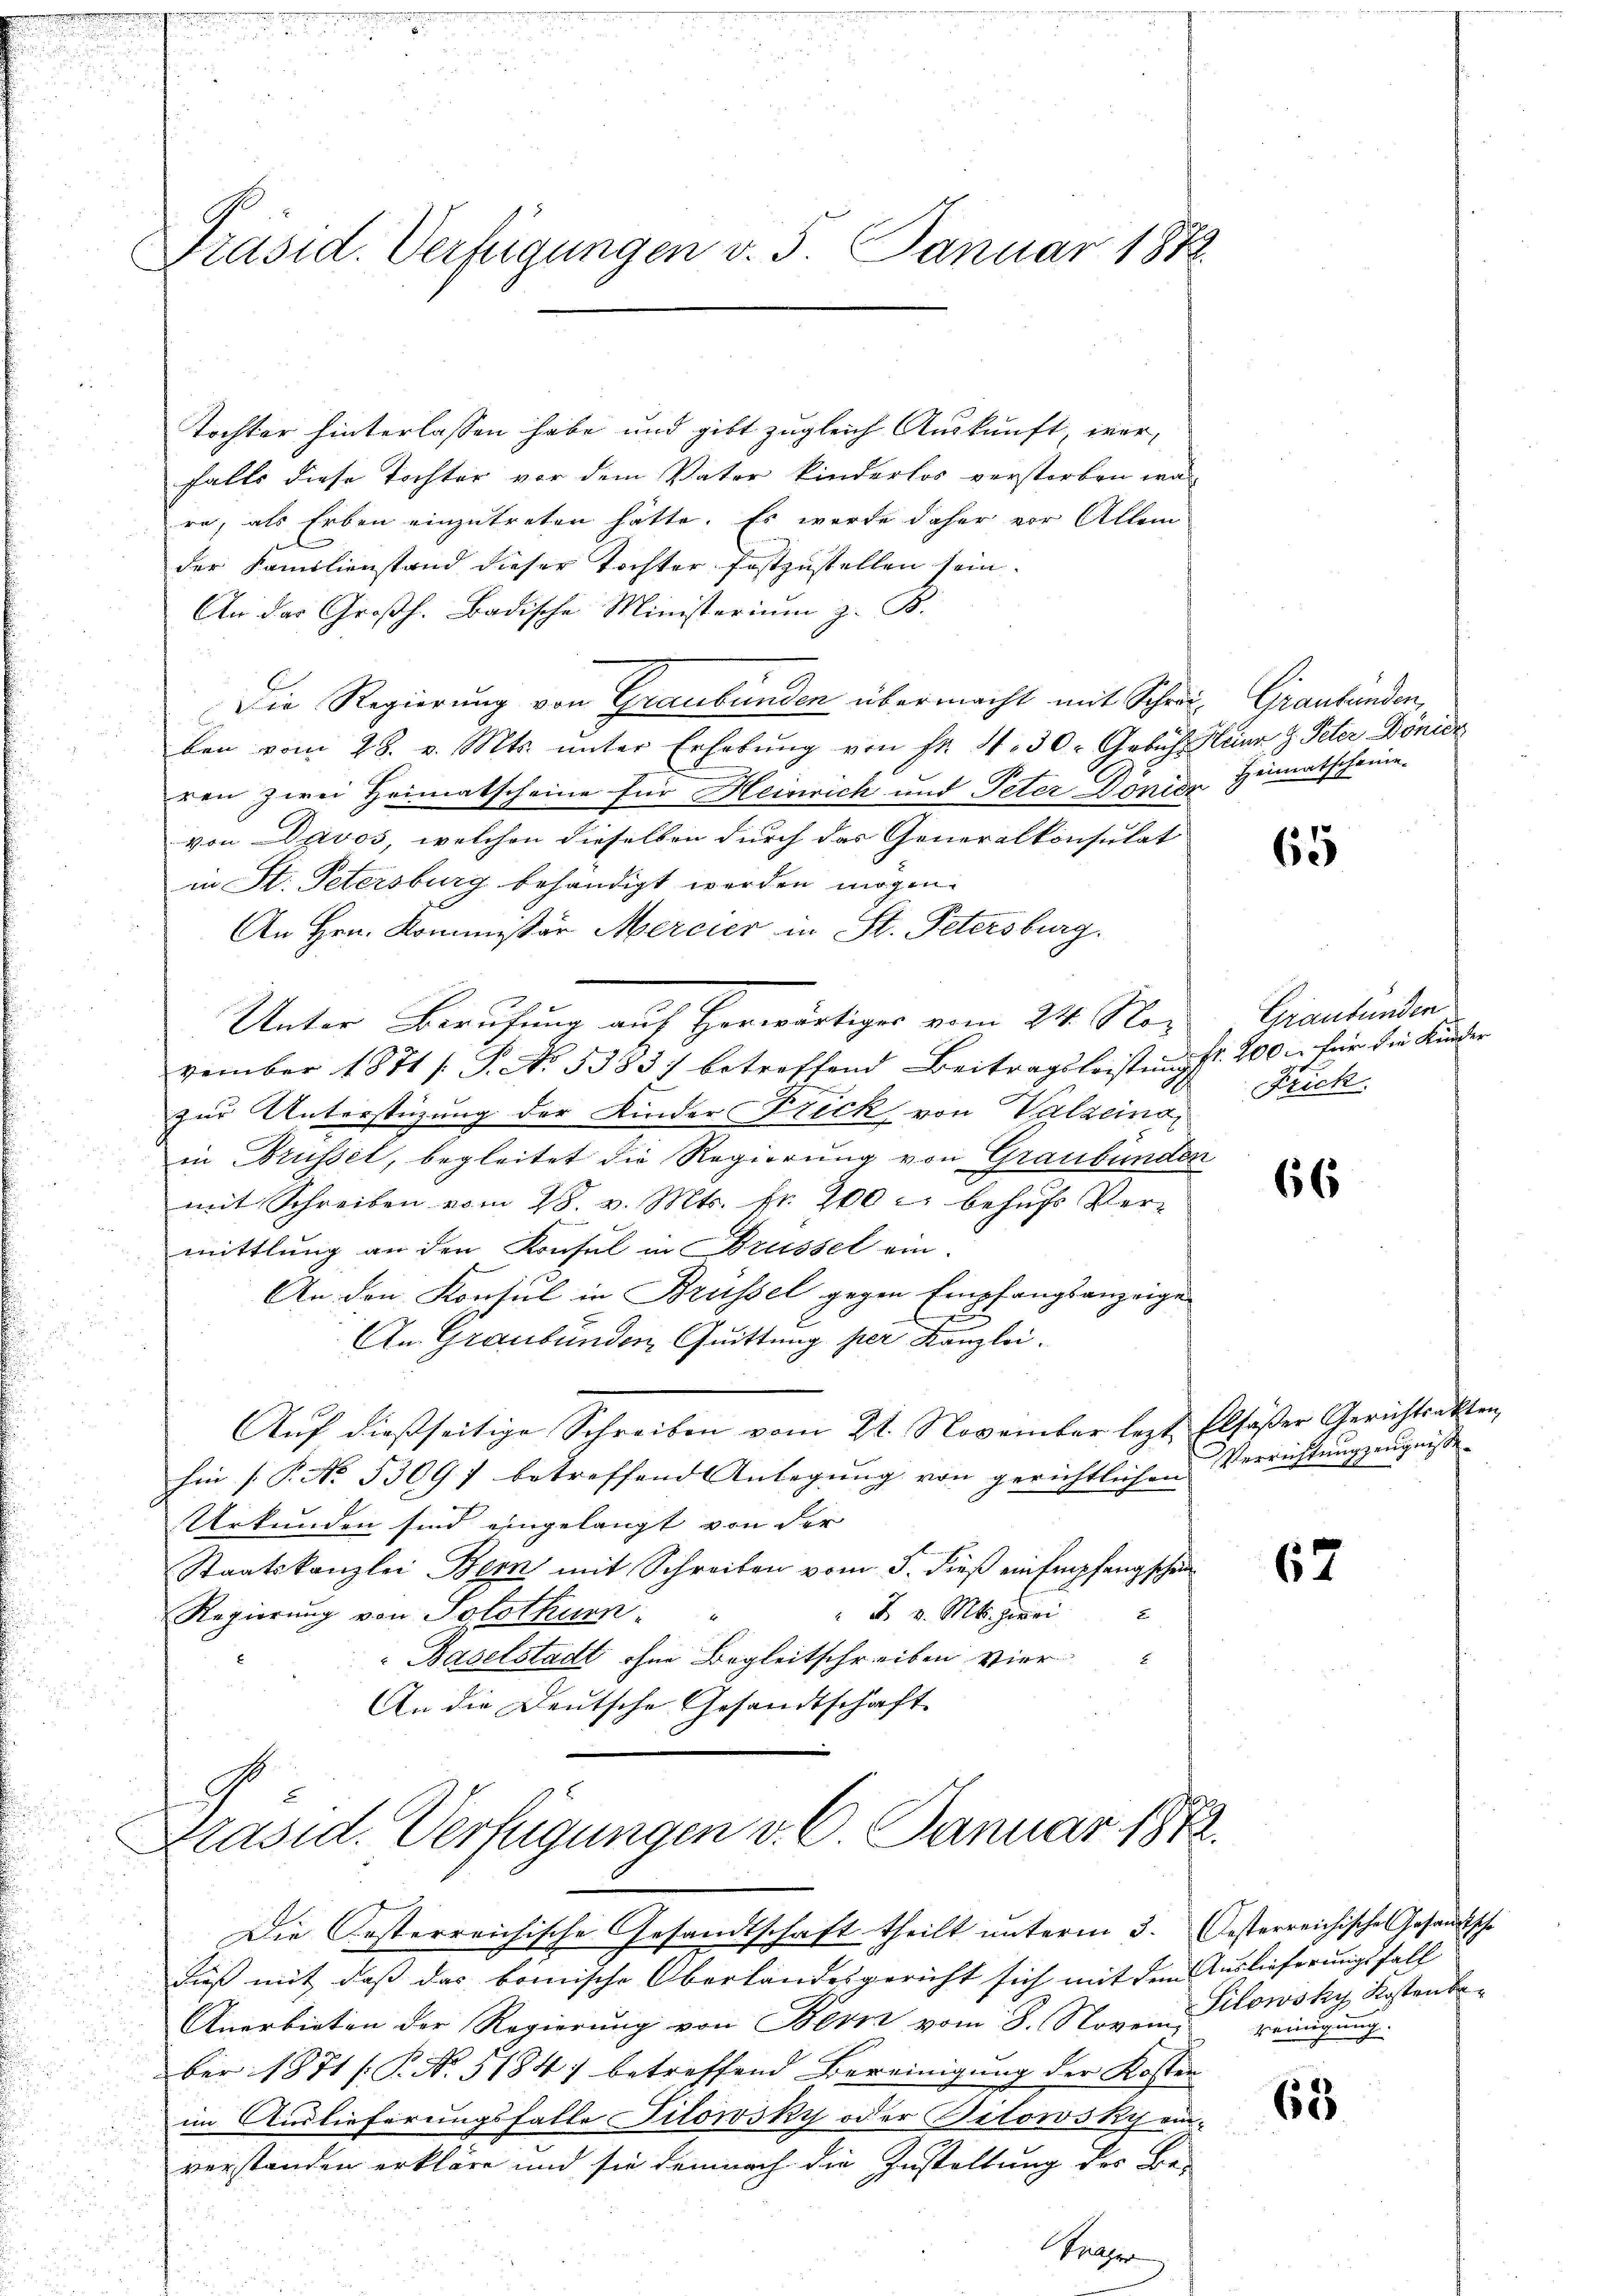
Präsid. Verfügungen v. 5. Januar 1888.

Tochter hinterlassen habe und gibt zugleich Auskunft, wer-
falls diese Tochter vor dem Vater kinderlos verstorben war
re, als Erben einzutreten hätte. Es wurde daher vor Allem
der Familienstand dieser Tochter festzustellen sein.
An der Großh. Badische Ministerium z. B.
Die Regierung von Graubünden übermacht mit Schwi- Graubünden,
ben vom 28. v. Mts. unter Erhebŭng von fr. 11. 30. Gebühr eine H. Peter Dönide
ren zwei Heimatscheine für Heinrich und Peter Dönior Heimatscheine
von Davos, welchen dieselben durch das Generalkonsulat
in St. Petersburg behändigt werden mögen.
An Hrn. Kommissär Mercier in St. Petersburg.
Unter Berufung auf Herwärtiger vom 24. November 1871 s. S. No. 53837 betreffend Beitragsleistungst. 200 für die Kinder
zur Unterstüzung der Kinder Frick von Valzeins,
in Brüssel, begleitet die Regierung von Graubünden
mit Schreiben vom 28. v. Mts. fr. 200 c. behŭfs Ver-
mittlung an den Konsul in Brüssel ein.
An den Konsul in Brüssel gegen Empfangsanzeige
An Graubünden Quittung per Kanzlei.
Auf dießseitige Schreiben vom 21. November lezt, Elsässer Gerichtsakten,
Ein P. No. 5309) betreffend Anlegŭng von gerichtlichen Verrichtŭngszeŭgnisse
Urkunden sind eingelangt von der
Staatskanzlei Bern mit Schreiben vom 5. dieß ein Empfangschen
" F. v. Mts. hieri
Regierung von Solothurn
 Baselstadt ihne Begleitschreiben vier
An die Deutsche Gesandtschaft

G
Präsid. Verfügungen v. 6. Januar 1872.
Die Oesterreichische Gesandtschaft theilt unterm 3. Oesterreichische Gesandtsche

dieß mit, daß das komische Oberlandesgericht sich mit dem Auslieferungsfall
Anerbieten der Regierung von Bern vom 8. Novem
ber 1871 [P. No. 5184) betreffend Bereinigung der Kosten
im Auslieferungsfalle Titowsky oder Bilowsky ein-
verstanden erkläre und sie demnach die Zustaltung des Be-
Wegger

65

Graubünden
Frick.

66

67

Silowsky Kostenbereinigung.

63